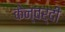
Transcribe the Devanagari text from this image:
केन्वर्दी